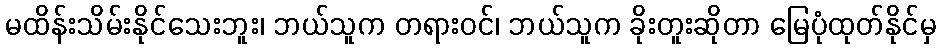
မထိန်းသိမ်းနိုင်သေးဘူး၊ ဘယ်သူက တရားဝင်၊ ဘယ်သူက ခိုးတူးဆိုတာ မြေပုံထုတ်နိုင်မှ